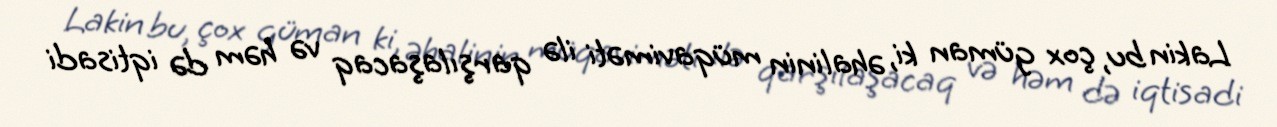
Lakin bu, çox güman ki, əhalinin müqaviməti ilə qarşılaşacaq və həm də iqtisadi